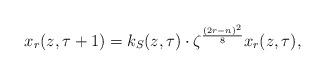
LaTeX: \begin{align*}x_r(z,\tau+1)=k_{S}(z,\tau) \cdot \zeta^{\frac{(2r-n)^2}{8}}x_r(z,\tau),\end{align*}